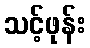
သင့်ဖုန်း